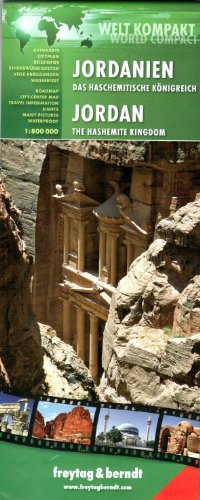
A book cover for Jordan; Freytag & Berndt; Travel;